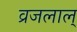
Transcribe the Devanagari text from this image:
व्रजलाल्